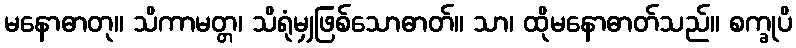
မနောဓာတု။ သိကာမတ္တ၊ သိရုံမျှဖြစ်သောဓာတ်။ သာ၊ ထိုမနောဓာတ်သည်။ စက္ခုပိ